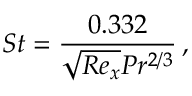
S t = \frac { 0 . 3 3 2 } { \sqrt { R e _ { x } } P r ^ { 2 / 3 } } \, ,